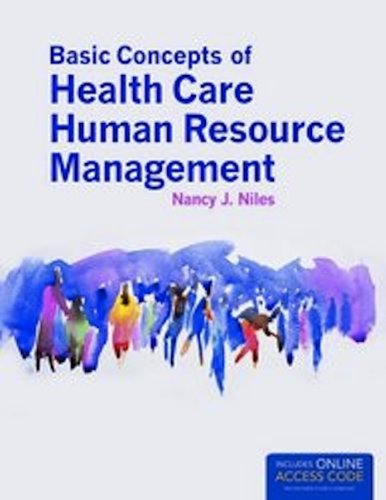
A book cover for Basic Concepts Of Health Care Human Resource Management; Nancy J. Niles; Medical Books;